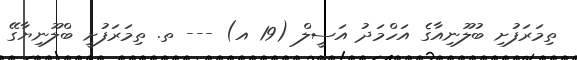
ތިމަރަފުށި ބުލޫނިއާގެ އަހްމަދު އަސީލް (19 އ) --- ތ. ތިމަރަފުށީ ބްލޫނިޔާގޭ